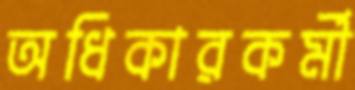
অধিকারকর্মী